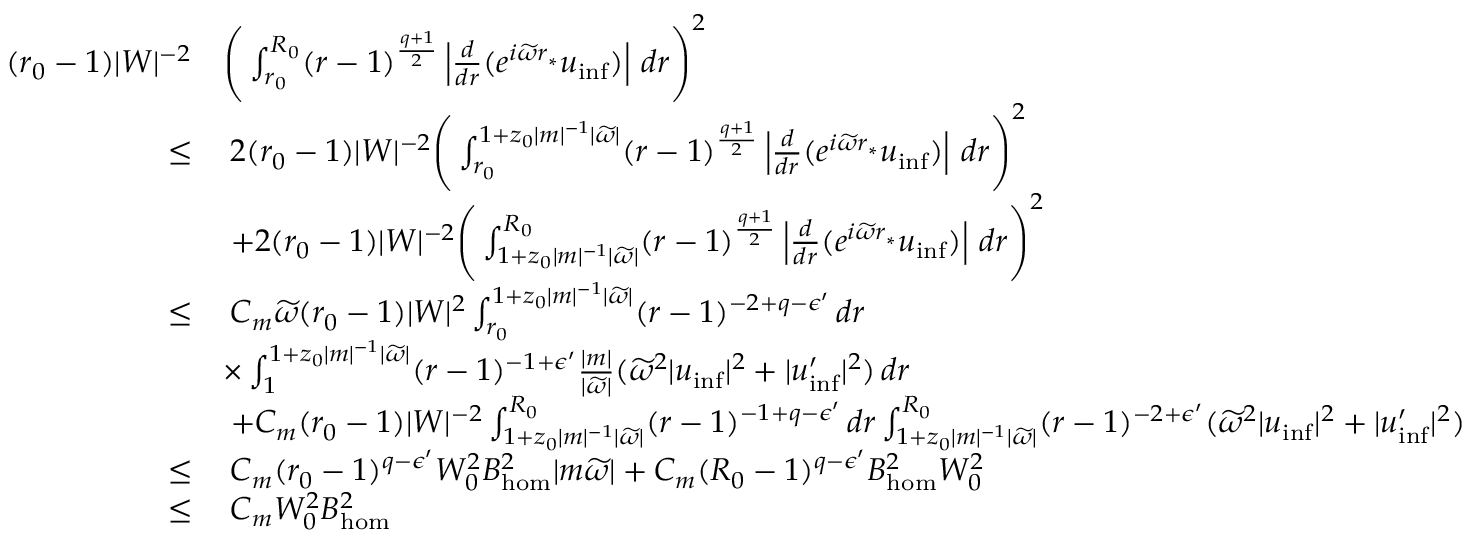
\begin{array} { r l } { ( r _ { 0 } - 1 ) | W | ^ { - 2 } } & { \Bigg ( \int _ { r _ { 0 } } ^ { R _ { 0 } } ( r - 1 ) ^ { \frac { q + 1 } { 2 } } \left| \frac { d } { d r } ( e ^ { i \widetilde { \omega } r _ { * } } { u } _ { \mathrm { i n f } } ) \right| \, d r \Bigg ) ^ { 2 } } \\ { \leq } & { \: 2 ( r _ { 0 } - 1 ) | W | ^ { - 2 } \Bigg ( \int _ { r _ { 0 } } ^ { 1 + z _ { 0 } | m | ^ { - 1 } | \widetilde { \omega } | } ( r - 1 ) ^ { \frac { q + 1 } { 2 } } \left| \frac { d } { d r } ( e ^ { i \widetilde { \omega } r _ { * } } { u } _ { \mathrm { i n f } } ) \right| \, d r \Bigg ) ^ { 2 } } \\ & { \: + 2 ( r _ { 0 } - 1 ) | W | ^ { - 2 } \Bigg ( \int _ { 1 + z _ { 0 } | m | ^ { - 1 } | \widetilde { \omega } | } ^ { R _ { 0 } } ( r - 1 ) ^ { \frac { q + 1 } { 2 } } \left| \frac { d } { d r } ( e ^ { i \widetilde { \omega } r _ { * } } { u } _ { \mathrm { i n f } } ) \right| \, d r \Bigg ) ^ { 2 } } \\ { \leq } & { \: C _ { m } \widetilde { \omega } ( r _ { 0 } - 1 ) | W | ^ { 2 } \int _ { r _ { 0 } } ^ { 1 + z _ { 0 } | m | ^ { - 1 } | \widetilde { \omega } | } ( r - 1 ) ^ { - 2 + q - \epsilon ^ { \prime } } \, d r } \\ & { \times \int _ { 1 } ^ { 1 + z _ { 0 } | m | ^ { - 1 } | \widetilde { \omega } | } ( r - 1 ) ^ { - 1 + \epsilon ^ { \prime } } \frac { | m | } { | \widetilde { \omega } | } ( \widetilde { \omega } ^ { 2 } | { u } _ { \mathrm { i n f } } | ^ { 2 } + | { u } _ { \mathrm { i n f } } ^ { \prime } | ^ { 2 } ) \, d r } \\ & { \: + C _ { m } ( r _ { 0 } - 1 ) | W | ^ { - 2 } \int _ { 1 + z _ { 0 } | m | ^ { - 1 } | \widetilde { \omega } | } ^ { R _ { 0 } } ( r - 1 ) ^ { - 1 + q - \epsilon ^ { \prime } } \, d r \int _ { 1 + z _ { 0 } | m | ^ { - 1 } | \widetilde { \omega } | } ^ { R _ { 0 } } ( r - 1 ) ^ { - 2 + \epsilon ^ { \prime } } ( \widetilde { \omega } ^ { 2 } | { u } _ { \mathrm { i n f } } | ^ { 2 } + | { u } _ { \mathrm { i n f } } ^ { \prime } | ^ { 2 } ) } \\ { \leq } & { \: C _ { m } ( r _ { 0 } - 1 ) ^ { q - \epsilon ^ { \prime } } W _ { 0 } ^ { 2 } B _ { \mathrm { h o m } } ^ { 2 } | m \widetilde { \omega } | + C _ { m } ( R _ { 0 } - 1 ) ^ { q - \epsilon ^ { \prime } } B _ { \mathrm { h o m } } ^ { 2 } W _ { 0 } ^ { 2 } } \\ { \leq } & { \: C _ { m } W _ { 0 } ^ { 2 } B _ { \mathrm { h o m } } ^ { 2 } } \end{array}